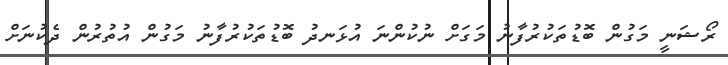
ރޯޝަނީ މަގުން ބޮޑުތަކުރުފާނު މަގަށް ނުކުންނަ އުޅަނދު ބޮޑުތަކުރުފާނު މަގުން އުތުރުން ދެކުނަށް